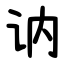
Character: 讷